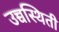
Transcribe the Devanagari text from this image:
उच्चस्थिती